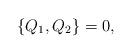
LaTeX: \begin{align*}\{Q_1, Q_2\}=0 ,\end{align*}